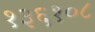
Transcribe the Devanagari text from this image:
१३६१०८